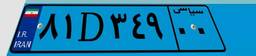
۳۲D۸۲۴۳۵